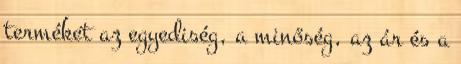
terméket az egyediség, a minőség, az ár és a